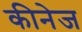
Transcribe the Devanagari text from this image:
कीनेज